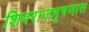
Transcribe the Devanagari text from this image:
शिवराजभूषणास